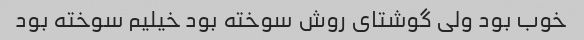
خوب بود ولی گوشتای روش سوخته بود خیلیم سوخته بود